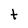
Character: t